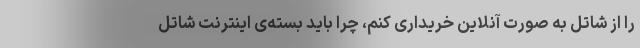
را از شاتل به صورت آنلاین خریداری کنم، چرا باید بسته‌ی اینترنت شاتل